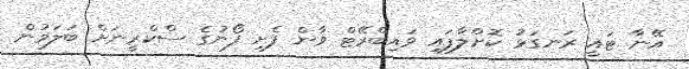
އޭނާ ޓައީ ރަނގަޅު ކޮށްލާފައި ވައިބްރޭޓް ވާން ފެށި ފޯނުގެ ސްކްރީނަށް ބަލަމުން